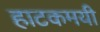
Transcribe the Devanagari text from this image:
हाटकमयी